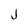
Character: j